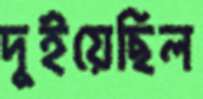
দুইয়েছিল